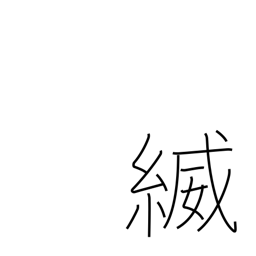
Meaning: the thread/braid (of armour)